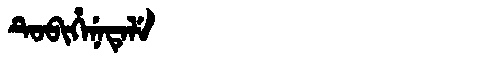
Manchu: ᡨᡠᠪᡳᡥᡝᠨᡝᡨᡝᠯᡝ
Romanization: TUBIHENETELE